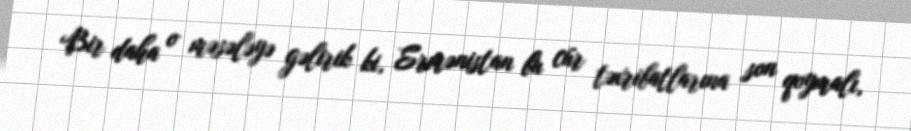
Bir daha o məsələyə gəlirik ki, Ermənistan bu cür təxribatlarına son qoymalı,